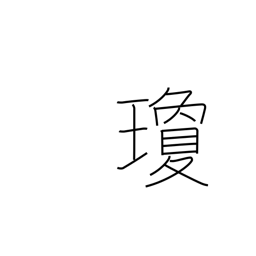
Meaning: red jewel